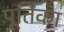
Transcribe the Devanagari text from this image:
पूर्तिका